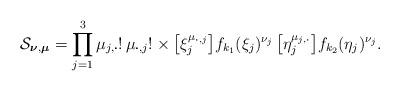
LaTeX: \begin{align*}\mathcal S_{\boldsymbol\nu,\boldsymbol\mu}=\prod_{j=1}^3\mu_{j,\boldsymbol\cdot}!\,\mu_{\boldsymbol\cdot,j}!\times \bigl[\xi_j^{\mu_{\boldsymbol\cdot,j}}\bigr] f_{k_1}(\xi_j)^{\nu_j}\,\bigl[\eta_j^{\mu_{j,\boldsymbol\cdot}}\bigr]f_{k_2}(\eta_j)^{\nu_j}.\end{align*}